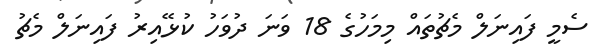
ސެމީ ފައިނަލް މެޗުތައް މިމަހުގެ 18 ވަނަ ދުވަހު ކުޅޭއިރު ފައިނަލް މެޗު